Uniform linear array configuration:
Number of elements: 48
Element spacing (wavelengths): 0.75
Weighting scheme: exponential
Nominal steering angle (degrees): -45
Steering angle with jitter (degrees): -45.456
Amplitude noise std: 0.05
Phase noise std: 0.05

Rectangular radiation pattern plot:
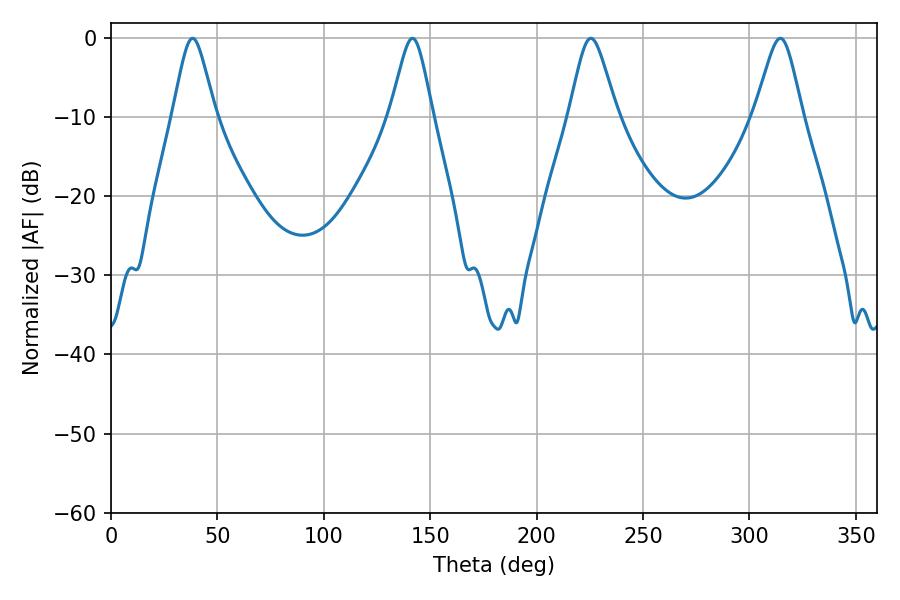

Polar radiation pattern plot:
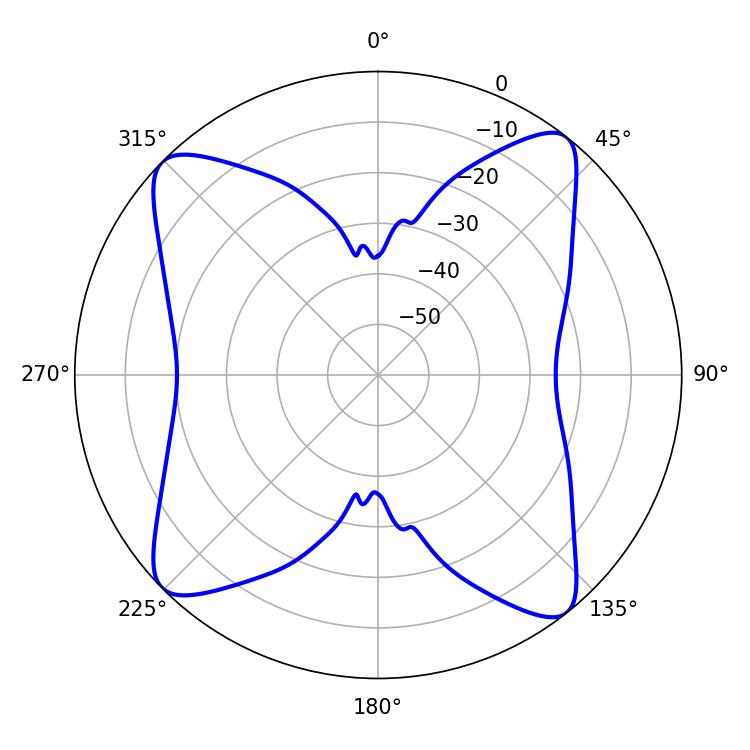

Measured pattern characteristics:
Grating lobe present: TRUE
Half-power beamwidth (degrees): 9.72
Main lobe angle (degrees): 38.34